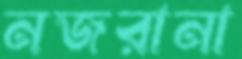
নজরানা